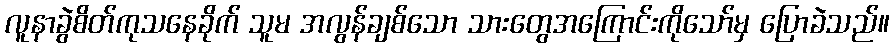
လူနာခွဲစိတ်ကုသနေခိုက် သူမ အလွန်ချစ်သော သားတွေအကြောင်းကိုသော်မှ ပြောခဲသည်။